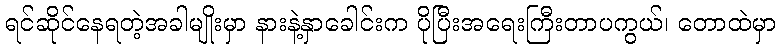
ရင်ဆိုင်နေရတဲ့အခါမျိုးမှာ နားနဲ့နှာခေါင်းက ပိုပြီးအရေးကြီးတာပကွယ်၊ တောထဲမှာ